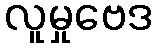
လူမှုဗေဒ